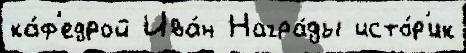
ка́ф'едрой Ива́н Награ́ды исто́р'ик